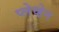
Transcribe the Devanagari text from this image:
प्लेव्हेन